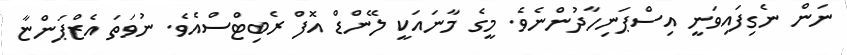
ނަން ނެގިފައިވަނީ އިސްޕަނިހާދުންނެވެ. މީގެ މާނައަކީ ލޭންޑް އޮފް ރެބިޓްސްއެވެ. ނުވަތަ އެޒްޕަންޏާ